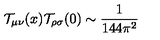
{ \cal T } _ { \mu \nu } ( x ) { \cal T } _ { \rho \sigma } ( 0 ) \sim { \frac { 1 } { 1 4 4 \pi ^ { 2 } } }